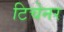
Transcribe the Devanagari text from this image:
टिचेनर